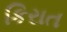
કિરાત